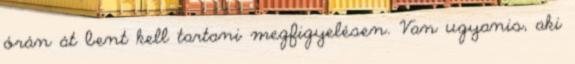
órán át bent kell tartani megfigyelésen. Van ugyanis, aki